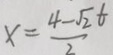
x = \frac { 4 - \sqrt { 2 } t } { 2 }